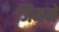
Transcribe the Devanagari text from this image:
जिमने